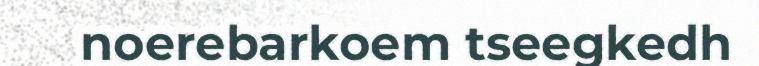
noerebarkoem tseegkedh